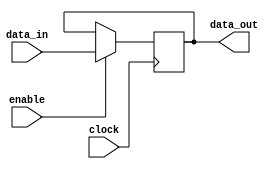
module GatedLatch (
    input wire enable,      // Enable signal to control the latch
    input wire data_in,     // Input data to be stored in the latch
    input wire clock,       // Clock signal
    output reg data_out     // Output data from the latch
);

    always @(posedge clock) begin
        if (enable) begin
            data_out <= data_in;
        end
    end

endmodule